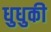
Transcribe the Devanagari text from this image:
धुधुकी